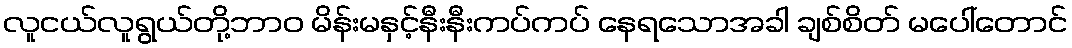
လူငယ်လူရွယ်တို့ဘာဝ မိန်းမနှင့်နီးနီးကပ်ကပ် နေရသောအခါ ချစ်စိတ် မပေါ်တောင်